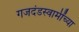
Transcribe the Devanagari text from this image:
गजदंडस्वामींच्या